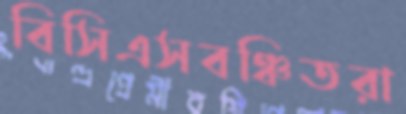
বিসিএসবঞ্চিতরা